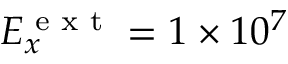
E _ { x } ^ { \textrm { e x t } } = 1 \times 1 0 ^ { 7 }